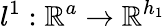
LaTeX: l^{1}:\mathbb{R}^{a}\rightarrow\mathbb{R}^{h_{1}}